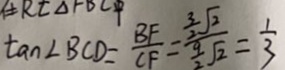
\tan \angle B C D = \frac { B F } { C F } = \frac { \frac { 3 } { 2 } \sqrt { 2 } } { \frac { 9 } { 2 } \sqrt { 2 } } = \frac { 1 } { 3 }